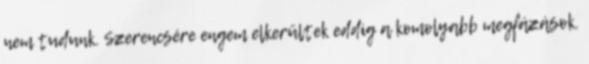
nem tudunk. Szerencsére engem elkerültek eddig a komolyabb megfázások.